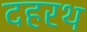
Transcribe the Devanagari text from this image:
दहरथ